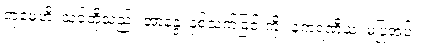
တုမှေဟိ၊ သင်တို့သည်။ အာနန္ဒံ၊ နှစ်သက်ခြင်းကို။ နကရဏီယံ၊ မပြုအပ်။